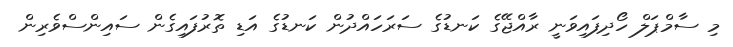
މި ސާމްޕަލް ހޯދިފައިވަނީ ރާއްޖޭގެ ކަނޑުގެ ސަރަހައްދުން ކަނޑުގެ އަޑި ތޮރުފައިގެން ސައިންސްވެރިން